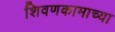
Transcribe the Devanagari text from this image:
शिवणकामाच्या